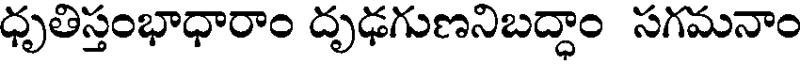
ధృతిస్తంభాధారాం దృఢగుణనిబద్ధాం సగమనాం